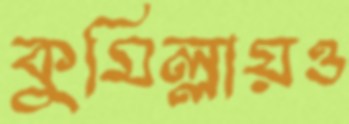
কুমিল্লায়ও